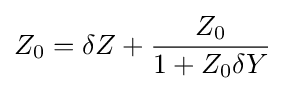
Z_{0}=\delta Z+{\frac {Z_{0}}{1+Z_{0}\delta Y}}